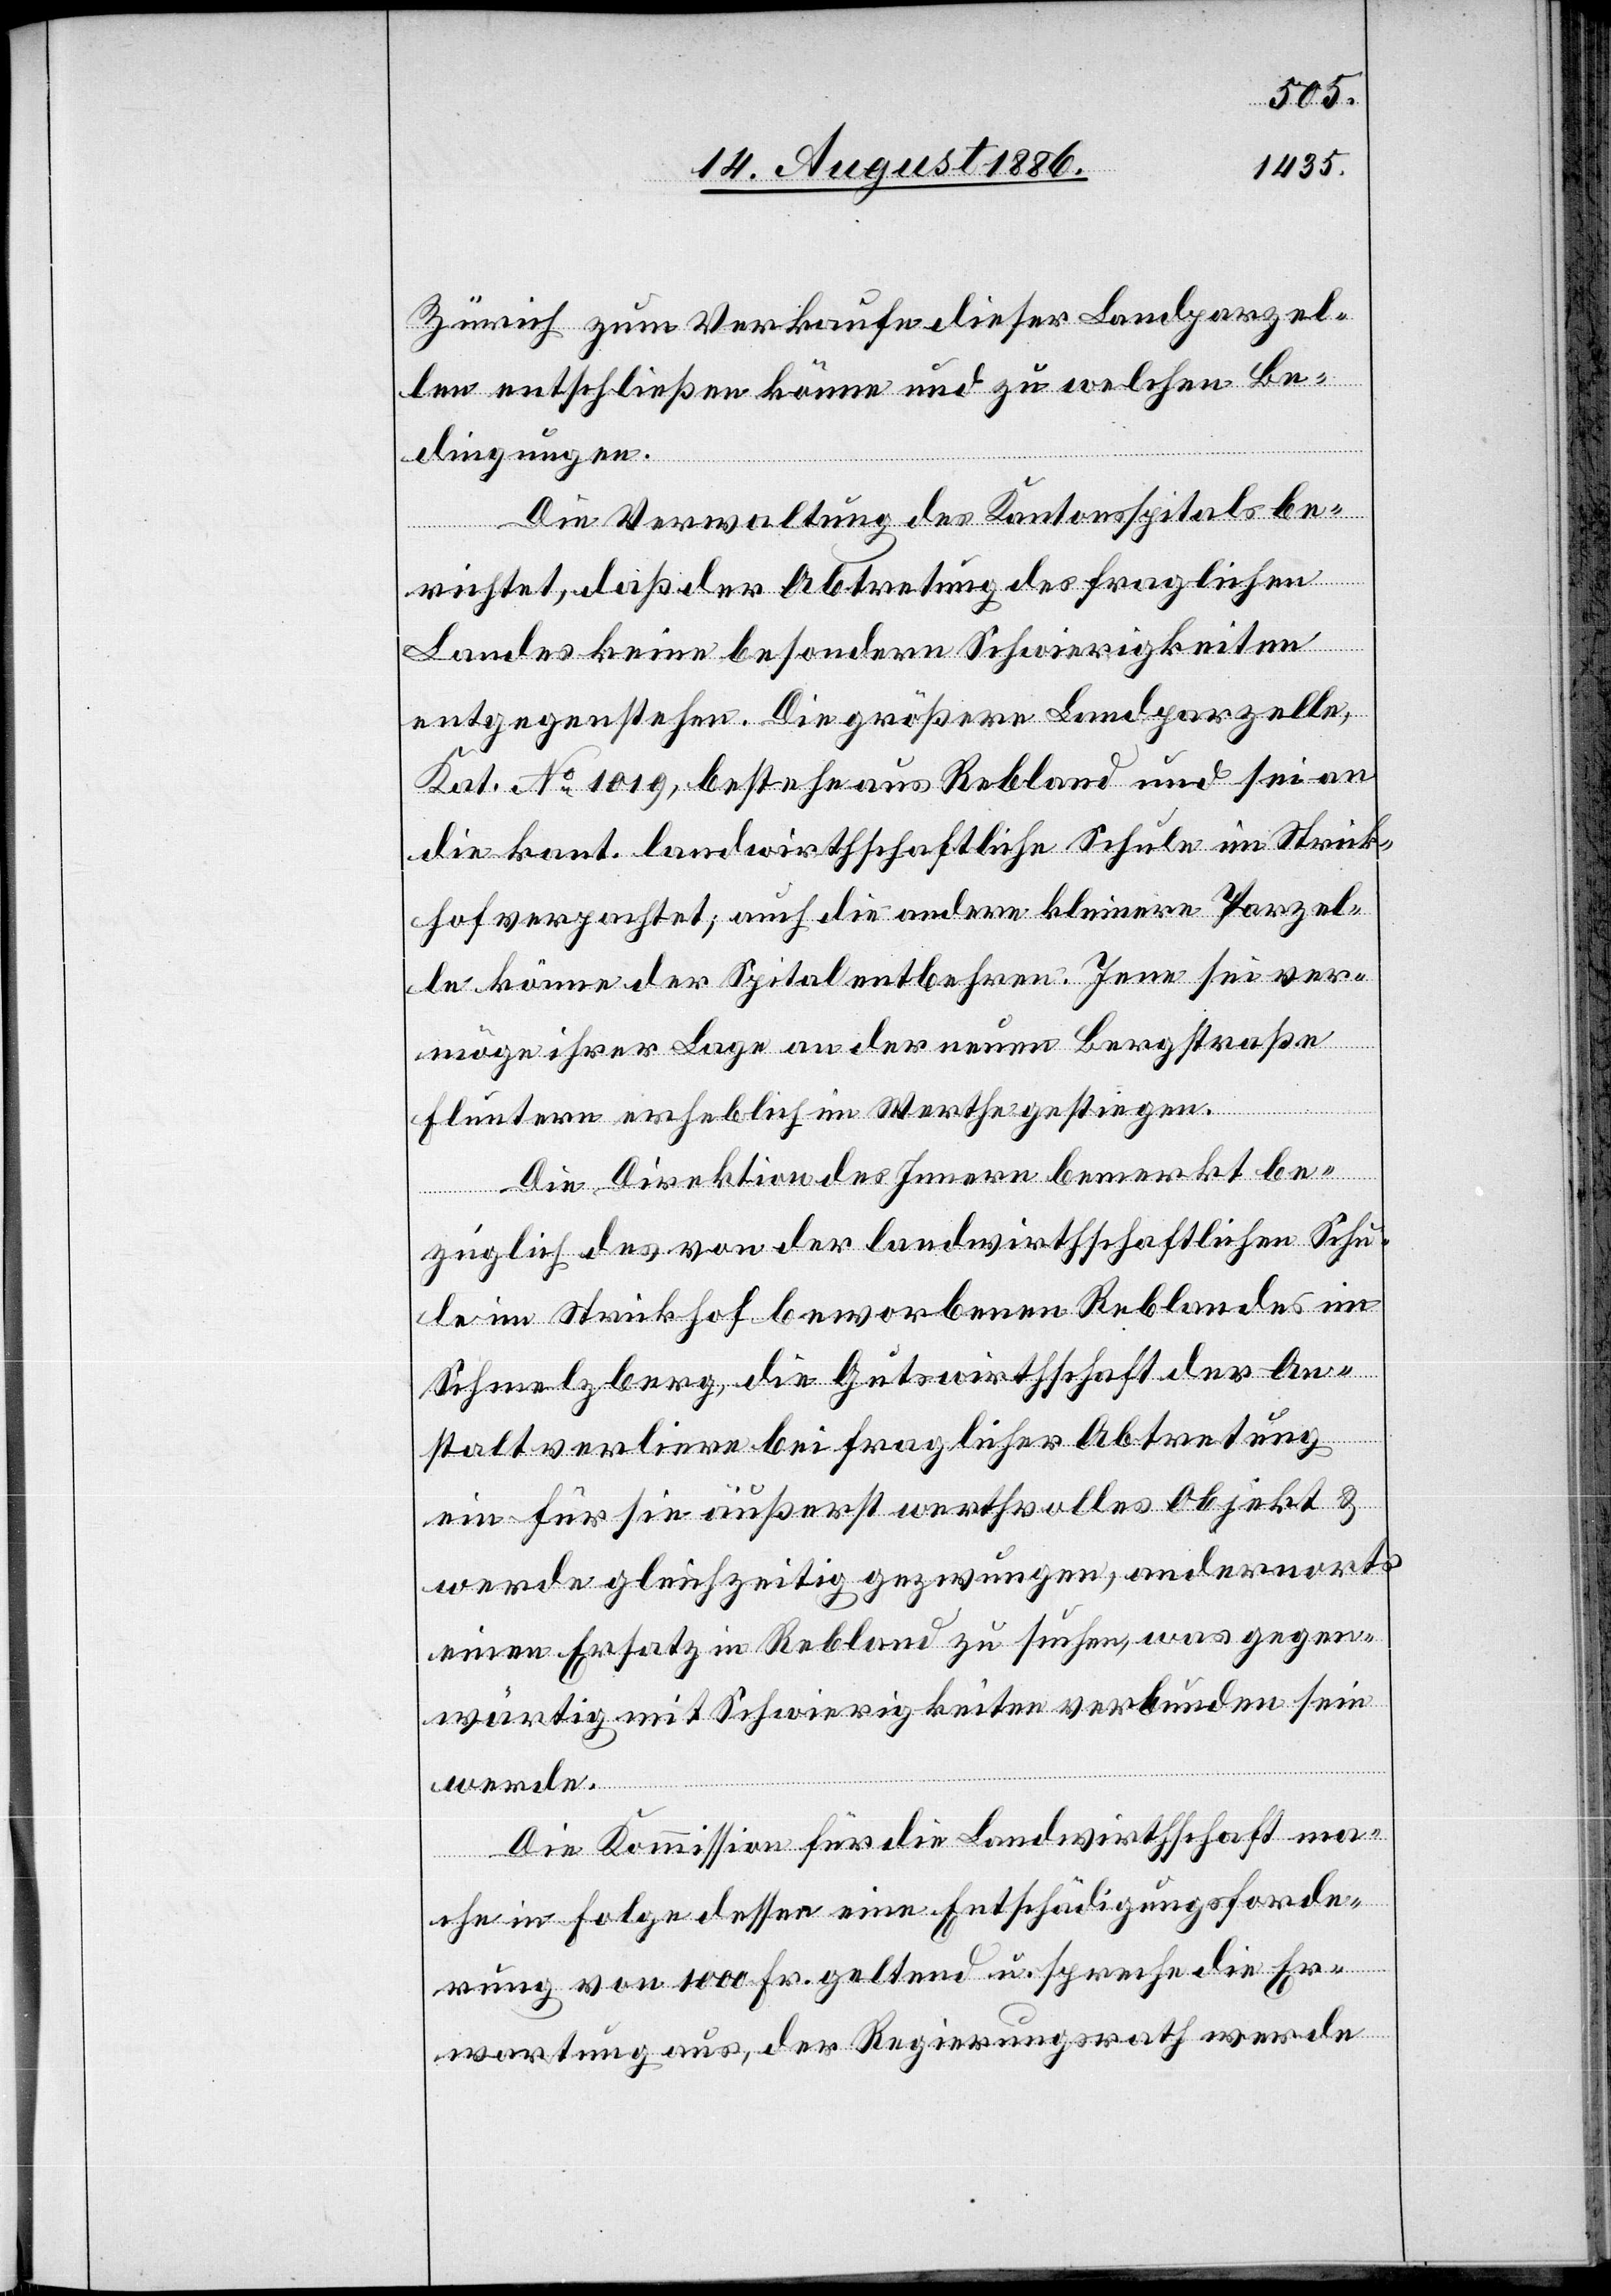
Zürich zum Verkaufe dieser Landparzel¬
len entschließen könne und zu welchen Be¬
dingungen.
Die Verwaltung des Kantonsspitals be¬
richtet, daß der Abtretung des fraglichen
Landes keine besondern Schwierigkeiten
entgegenstehen. Die größere Landparzelle,
Kat. No 1019, bestehe aus Rebland und sei an
die kant. landwirthschaftliche Schule im Strick¬
hof verpachtet; auch die andere kleinere Parzel¬
le könne der Spital entbehren. Jene sei ver¬
möge ihrer Lage an der neuen Bergstraße
Fluntern erheblich im Werth gestiegen.
Die Direktion des Innern bemerkt be¬
züglich des von der landwirthschaftlichen Schu¬
le im Strickhof beworbenen Reblandes im
Schmelzberg, die Gutswirthschaft der An¬
stalt verliere bei fraglicher Abtretung
ein für sie äußerst werthvolles Objekt &
werde gleichzeitig gezwungen, andernorts
einen Ersatz in Rebland zu suchen, was gegen¬
wärtig mit Schwierigkeiten verbunden sein
werde.
Die Kommission für die Landwirthschaft ma¬
che in Folge dessen eine Entschädigungsforde¬
rung von 1000 Fr. geltend u. spreche die Er¬
wartung aus, der Regierungsrath werde